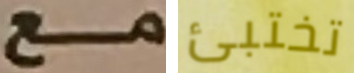
مع تختبئ